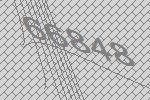
66848